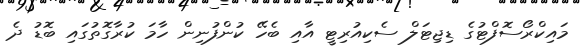
މައިކްރޯސޮފްޓުގެ ޑިޖިޓަލް ސެކިއުރިޓީ އާއި ބެހޭ ކުންފުނިން ހާމަ ކުރާގޮތުގައި ބޮޑު ދެ